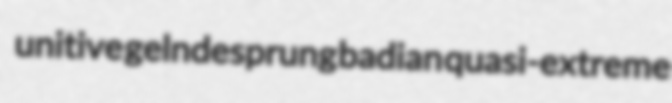
unitive gelndesprung badian quasi-extreme